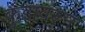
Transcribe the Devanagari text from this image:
कुंडावरून